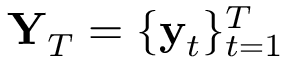
\mathbf { Y } _ { T } = \{ \mathbf { y } _ { t } \} _ { t = 1 } ^ { T }